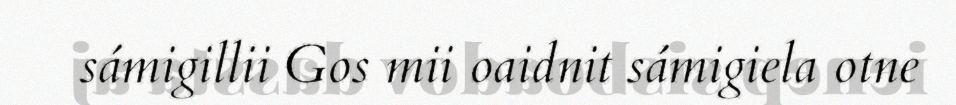
sámigillii Gos mii oaidnit sámigiela otne